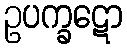
ဥပက္ခဋော